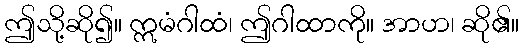
ဤသို့ဆို၍။ ဣမံဂါထံ၊ ဤဂါထာကို။ အာဟ၊ ဆို၏။